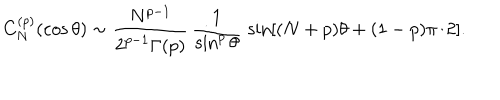
LaTeX: C _ { N } ^ { ( p ) } ( \cos \theta ) \sim { \frac { N ^ { p - 1 } } { 2 ^ { p - 1 } \Gamma ( p ) } } \, { \frac { 1 } { \sin ^ { p } \theta } } \, \sin [ ( N + p ) \theta + ( 1 - p ) \pi / 2 ] .